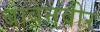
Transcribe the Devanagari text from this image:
बावनवीर